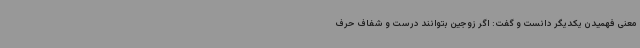
معنی فهمیدن یکدیگر دانست و گفت: اگر زوجین بتوانند درست و شفاف حرف